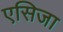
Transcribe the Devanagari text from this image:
एसिजा